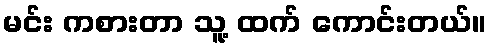
မင်း ကစားတာ သူ့ ထက် ကောင်းတယ်။